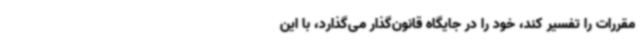
مقررات را تفسیر کند، خود را در جایگاه قانون‌گذار می‌گذارد، با این